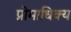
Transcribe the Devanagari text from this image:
प्रोमाधिक्य